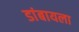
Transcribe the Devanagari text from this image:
डांबायला